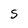
Character: S